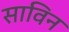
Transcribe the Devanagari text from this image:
साविन